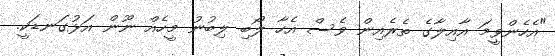
"އެހެންވީމަ އާއިލާގެ ތެރެއިން ވެސް އެހާ ލޯބި ލިބުނު މީހެއް ނޫން އަޅުގަނޑަކީ.